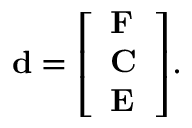
\mathbf { d } = { \left[ \begin{array} { l } { \mathbf { F } } \\ { \mathbf { C } } \\ { \mathbf { E } } \end{array} \right] } .